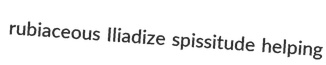
rubiaceous Iliadize spissitude helping